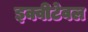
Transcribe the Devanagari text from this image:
इक्वीटेवल